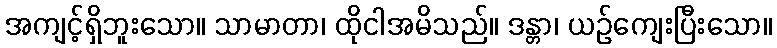
အကျင့်ရှိဘူးသော။ သာမာတာ၊ ထိုငါအမိသည်။ ဒန္တာ၊ ယဉ်ကျေးပြီးသော။